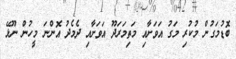
ބޮޑުމަގުން މުކުރި މަގު އަވަށާއި މަތިމަރަދޫ އަވަށާއި ދެމެދު އޮންނަ މީހުން ނޫޅޭ